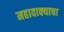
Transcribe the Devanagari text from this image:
महावाक्याचा